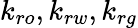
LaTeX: k_{ro},k_{rw},k_{rg}